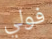
فولي